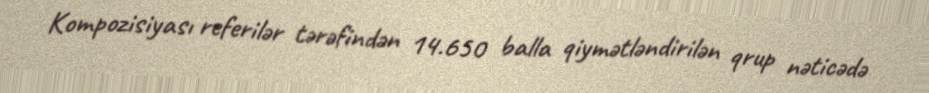
Kompozisiyası referilər tərəfindən 14.650 balla qiymətləndirilən qrup nəticədə